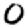
Digit: 0